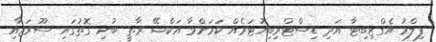
ފިލްމު އެގްޒިބިޓާ އަދި ޑިސްޓްރިބިއުޓަރެއް ކަމަށްވާ އަކްޝޭ ރާތީ ބުނި ގޮތުގައި ސޫރަޖާއި